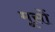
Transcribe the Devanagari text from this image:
मूसों